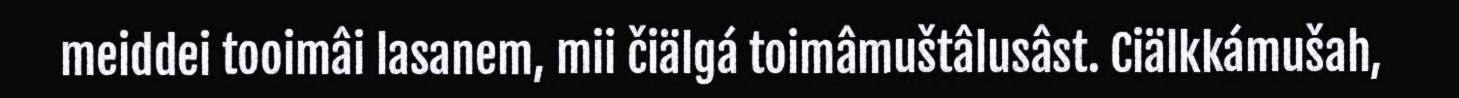
meiddei tooimâi lasanem, mii čiälgá toimâmuštâlusâst. Ciälkkámušah,